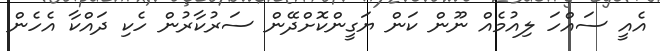
އެއީ ސައްހަ ލިއުމެއް ނޫން ކަން ޔަގީންކޮށްދޭން ސަރުކާރުން ހެކި ދައްކާ އެހެން